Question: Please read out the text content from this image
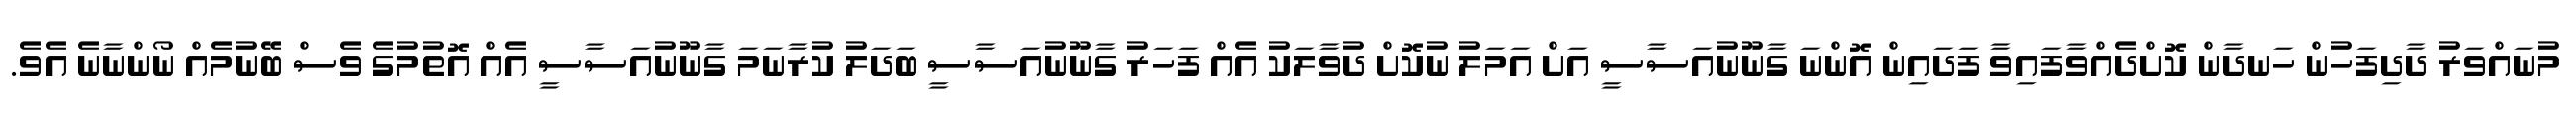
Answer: މުނައްވަރު ދާދިފަހުން ހަނދާން ކޮށްދެއްވާފައިވާ ފަދައިން އޮންނަ ގާނޫނުއަސާސީ އަށް އަމަލު ނުކޮށް ދުވާލަކު އެއް ފަހަރު ގާނޫނުއަސާސީ ބަދަލު ކުރާނަމަ ގާނޫނުއަސާސީ އެއް އޮތުމުގެ ވެސް ބޭނުމެއް ނޯންނާނެ އެވެ.